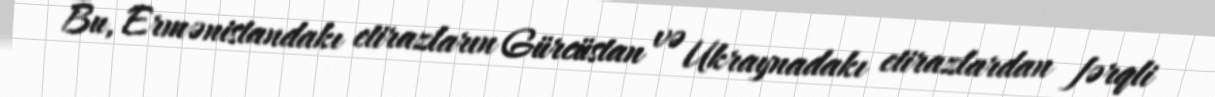
Bu, Ermənistandakı etirazların Gürcüstan və Ukraynadakı etirazlardan fərqli